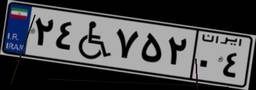
۸۹W۹۰۸۰۵